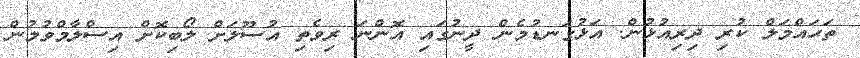
ތަޙައްމަލް ކުރި ދިރިއުޅުން. އަޅުގަނޑުމެން ދީނުގައި އޮންނަ ރިވެތި އުސޫލަށް ލޯބިކޮށް އިސްލާމްވުމުން